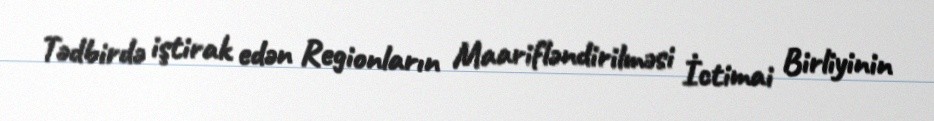
Tədbirdə iştirak edən Regionların Maarifləndirilməsi İctimai Birliyinin